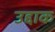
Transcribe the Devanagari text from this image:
उद्दाक